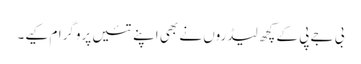
بی جے پی کے کچھ لیڈروں نے بھی اپنے تئیں پروگرام کیے۔